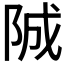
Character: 𨹚